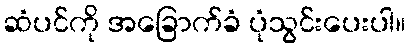
ဆံပင်ကို အခြောက်ခံ ပုံသွင်းပေးပါ။